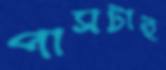
পাসটাই